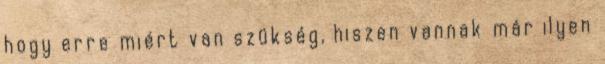
hogy erre miért van szükség, hiszen vannak már ilyen